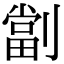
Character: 劏